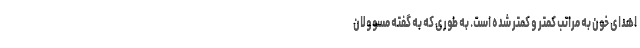
اهدای خون به مراتب کمتر و کمتر شده است. به طوری که به گفته مسوولان